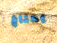
يحتاج